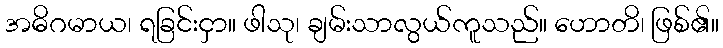
အဓိဂမာယ၊ ရခြင်းငှာ။ ဖါသု၊ ချမ်းသာလွယ်ကူသည်။ ဟောတိ၊ ဖြစ်၏။